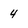
Character: 4